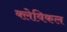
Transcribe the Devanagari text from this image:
क्लेविकल